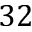
3 2